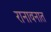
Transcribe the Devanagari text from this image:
रानावनात